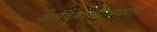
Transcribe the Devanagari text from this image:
आदिवासींमधला